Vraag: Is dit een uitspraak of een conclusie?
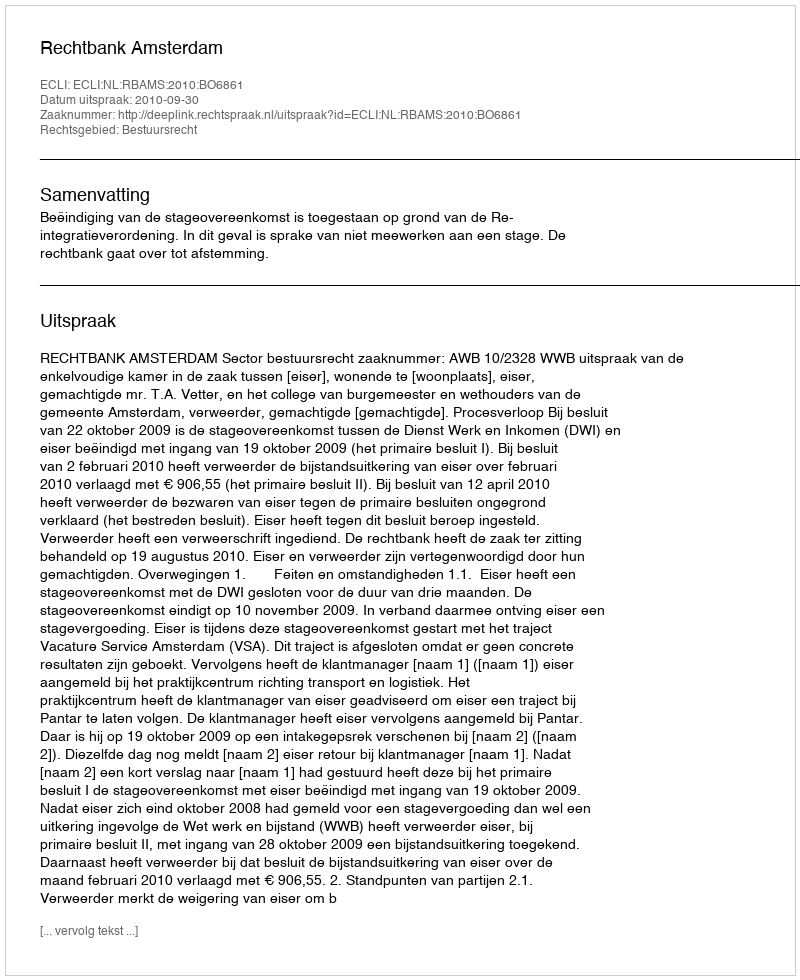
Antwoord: Uitspraak